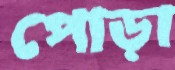
পোড়া